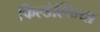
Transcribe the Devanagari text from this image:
फिल्डेल्फिया